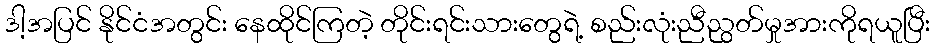
ဒါ့အပြင် နိုင်ငံအတွင်း နေထိုင်ကြတဲ့ တိုင်းရင်းသားတွေရဲ့ စည်းလုံးညီညွတ်မှုအားကိုရယူပြီး